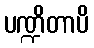
ပဏ္ဍိတာပိ